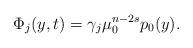
LaTeX: \begin{align*}\Phi_j(y, t) = \gamma_j\mu_0^{n-2s}p_0(y).\end{align*}